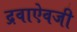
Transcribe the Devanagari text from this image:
द्रवाऐवजी